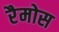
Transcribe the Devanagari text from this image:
रैमोस